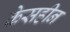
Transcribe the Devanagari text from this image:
केसहीन